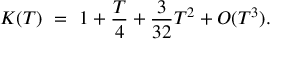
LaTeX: K ( T ) ~ = ~ 1 + { \frac { T } { 4 } } + { \frac { 3 } { 3 2 } } T ^ { 2 } + O ( T ^ { 3 } ) .